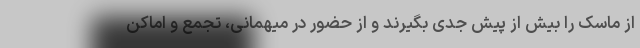
از ماسک را بیش از پیش جدی بگیرند و از حضور در میهمانی، تجمع و اماکن